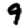
Digit: 9